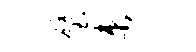
璧束